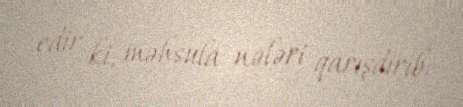
edir ki, məhsula nələri qarışdırıb.